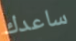
ساعدك